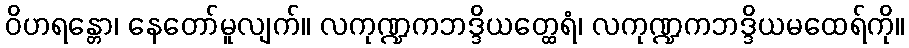
ဝိဟရန္တော၊ နေတော်မူလျက်။ လကုဏ္ဍကဘဒ္ဒိယတ္ထေရံ၊ လကုဏ္ဍကဘဒ္ဒိယမထေရ်ကို။